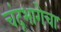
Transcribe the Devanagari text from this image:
चंद्रभागेचा